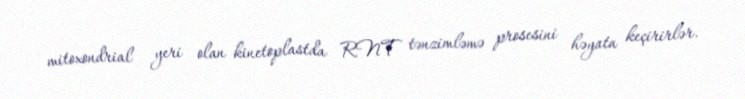
mitoxondrial yeri olan kinetoplastda RNT tənzimləmə prosesini həyata keçirirlər.